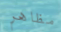
مظاهر